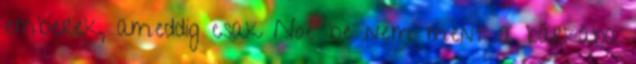
emberek, ameddig csak Noé be nem ment a bárkába